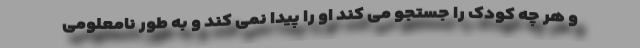
و هر چه کودک را جستجو می کند او را پیدا نمی کند و به طور نامعلومی